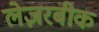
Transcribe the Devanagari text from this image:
लेज़रबीक